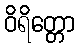
ဝိရိတ္တော